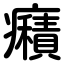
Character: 癪